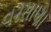
વરસાણા